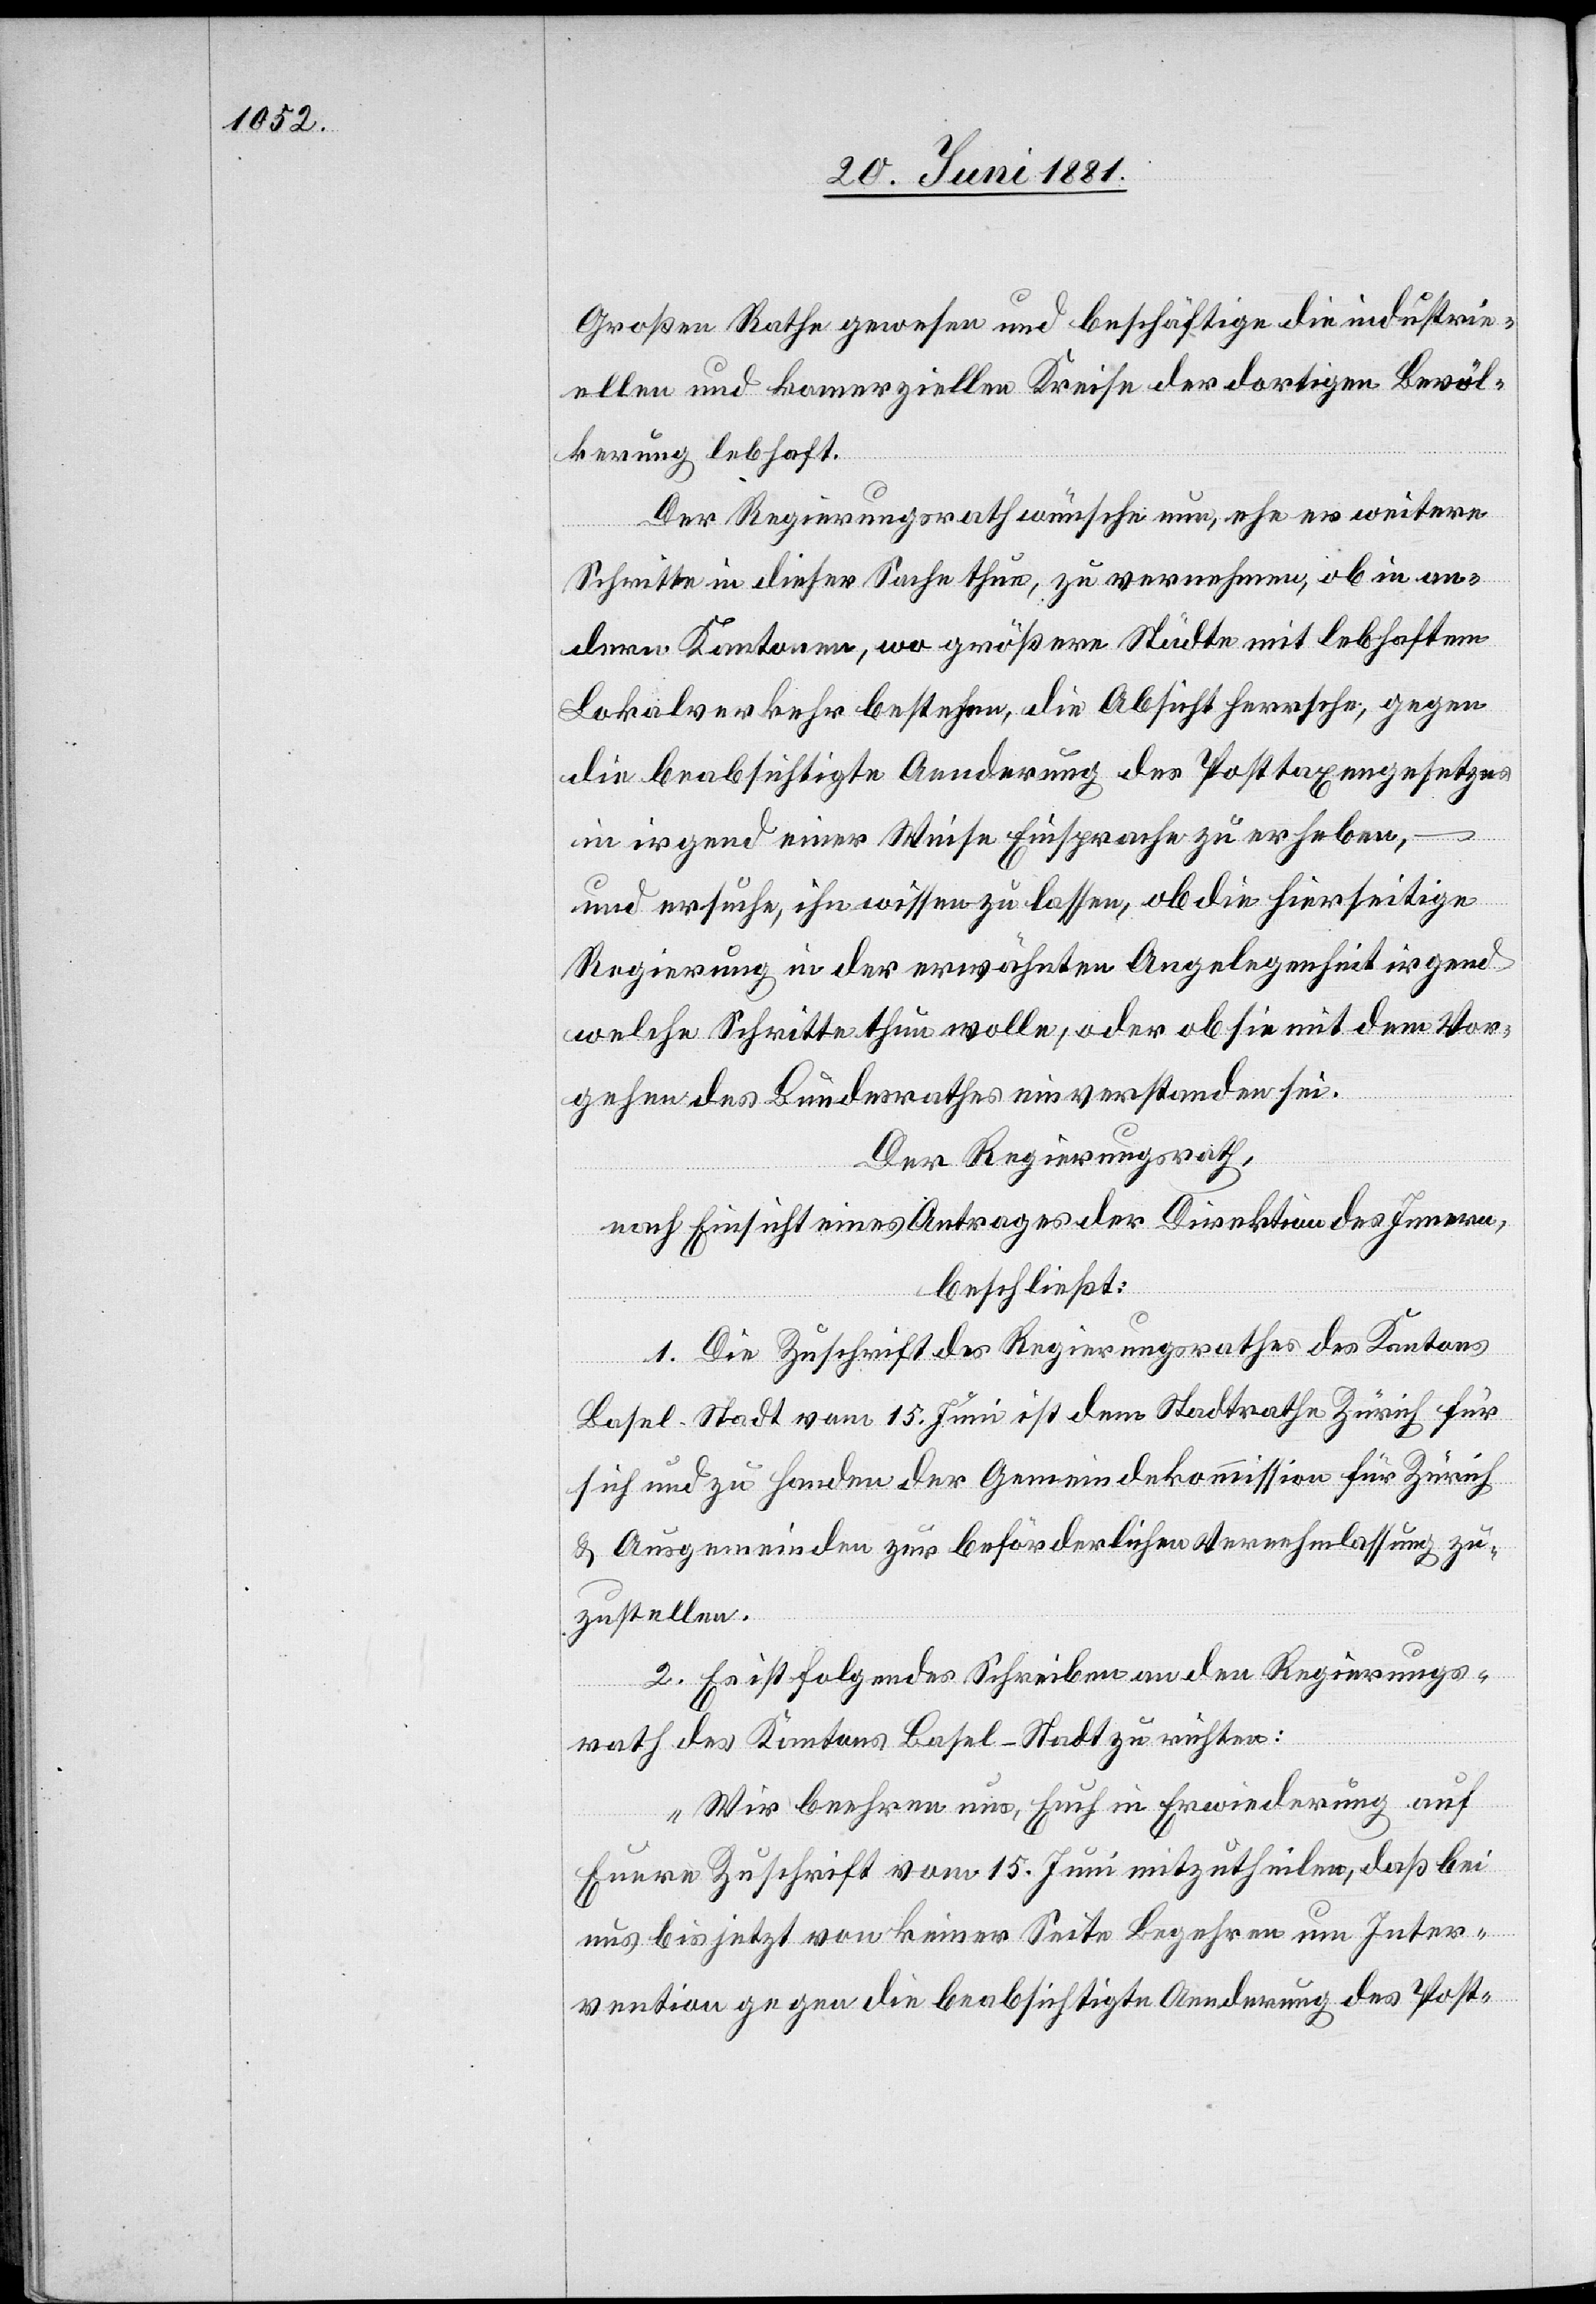
Großen Rathe gewesen und beschäftige die industri¬
ellen und komerziellen Kreise der dortigen Bevöl¬
kerung lebhaft.
Der Regierungsrath wünsche nun, ehe es weitere
Schritte in dieser Sache thue, zu vernehmen, ob in an¬
dern Kantonen, wo größere Städte mit lebhaftem
Lokalverkehr bestehen, die Absicht herrsche, gegen
die beabsichtigte Aenderung des Posttaxengesetzes
in irgend einer Weise Einsprache zu erheben,
–
und ersuche, ihn wissen zu lassen, ob die hierseitige
Regierung in der erwähnten Angelegenheit irgend
welche Schritte thun wolle, oder ob sie mit dem Vor¬
gehen des Bundesrathes einverstanden sei.
Der Regierungsrath,
nach Einsicht eines Antrages der Direktion des Innern,
beschließt:
1. Die Zuschrift des Regierungsrathes des Kantons
Basel-Stadt vom 15. Juni ist dem Stadtrathe Zürich für
sich und zu Handen der Gemeindekommission für Zürich
& Ausgemeinden zur beförderlichen Vernehmlassung zu¬
zustellen.
2. Es ist folgendes Schreiben an den Regierungs¬
rath des Kantons Basel-Stadt zu richten:
„Wir beehren uns, Euch in Erwiederung auf
Eure Zuschrift vom 15. Juni mitzutheilen, daß bei
uns bis jetzt von keiner Seite Begehren um Inter¬
vention gegen die beabsichtigte Aenderung des Post-